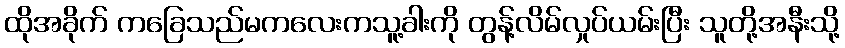
ထိုအခိုက် ကခြေသည်မကလေးကသူ့ခါးကို တွန့်လိမ်လှုပ်ယမ်းပြီး သူတို့အနီးသို့